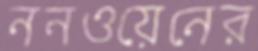
ননওয়েনের